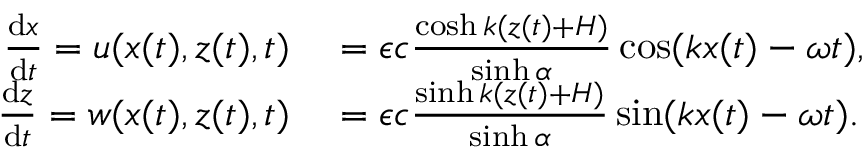
\begin{array} { r l } { \frac { \mathrm { d } x } { \mathrm { d } t } = u ( x ( t ) , z ( t ) , t ) } & { { } = \epsilon c \frac { \cosh k ( z ( t ) + H ) } { \sinh \alpha } \cos ( k x ( t ) - \omega t ) , } \\ { \frac { \mathrm { d } z } { \mathrm { d } t } = w ( x ( t ) , z ( t ) , t ) } & { { } = \epsilon c \frac { \sinh k ( z ( t ) + H ) } { \sinh \alpha } \sin ( k x ( t ) - \omega t ) . } \end{array}